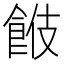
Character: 𩛑